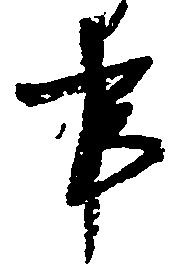
事